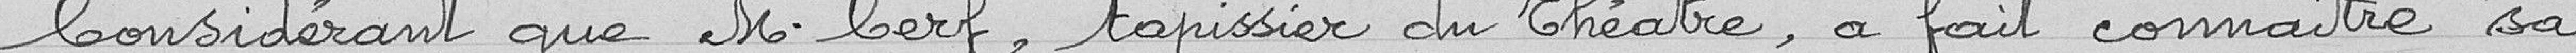
Considérant que Monsieur Cerf, tapissier du théâtre, a fait connaître sa